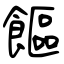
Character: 饇